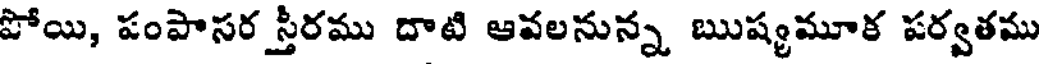
పోయి, పంపాసర స్తీరము దాటి ఆవలనున్న ఋష్కమూక పర్వతము